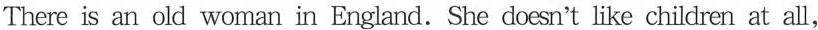
There is an old woman in England.She doesn't like children at all,